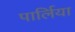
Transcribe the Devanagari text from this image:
पार्लिया